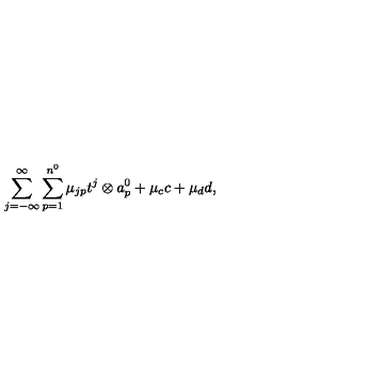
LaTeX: \sum _ { j = - \infty } ^ { \infty } \sum _ { p = 1 } ^ { n ^ { 0 } } \mu _ { j p } t ^ { j } \otimes a _ { p } ^ { 0 } + \mu _ { c } c + \mu _ { d } d ,